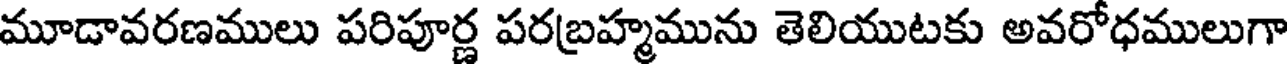
మూడావరణములు పరిపూర్ణ పరబ్రహ్మమును తెలియుటకు అవరోధములుగా